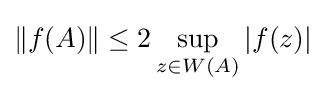
\|f(A)\|\leq 2\sup _{z\in W(A)}|f(z)|